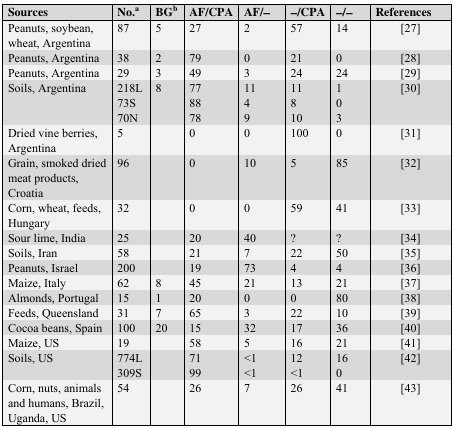
| Sources | No.a | BGb | AF/CPA | AF/− | −/CPA | −/− | References |
 | --- | --- | --- | --- | --- | --- | --- | --- |
 | Peanuts, soybean, wheat, Argentina | 87 | 5 | 27 | 2 | 57 | 14 | [27] |
 | Peanuts, Argentina | 38 | 2 | 79 | 0 | 21 | 0 | [28] |
 | Peanuts, Argentina | 29 | 3 | 49 | 3 | 24 | 24 | [29] |
 | Soils, Argentina | 218L | 8 | 77 | 11 | 11 | 1 | [30] |
 |  | 73S |  | 88 | 4 | 8 | 0 |  |
 |  | 70N |  | 78 | 9 | 10 | 3 |  |
 | Dried vine berries, Argentina | 5 |  | 0 | 0 | 100 | 0 | [31] |
 | Grain, smoked dried meat products, Croatia | 96 |  | 0 | 10 | 5 | 85 | [32] |
 | Corn, wheat, feeds, Hungary | 32 |  | 0 | 0 | 59 | 41 | [33] |
 | Sour lime, India | 25 |  | 20 | 40 | ? | ? | [34] |
 | Soils, Iran | 58 |  | 21 | 7 | 22 | 50 | [35] |
 | Peanuts, Israel | 200 |  | 19 | 73 | 4 | 4 | [36] |
 | Maize, Italy | 62 | 8 | 45 | 21 | 13 | 21 | [37] |
 | Almonds, Portugal | 15 | 1 | 20 | 0 | 0 | 80 | [38] |
 | Feeds, Queensland | 31 | 7 | 65 | 3 | 22 | 10 | [39] |
 | Cocoa beans, Spain | 100 | 20 | 15 | 32 | 17 | 36 | [40] |
 | Maize, US | 19 |  | 58 | 5 | 16 | 21 | [41] |
 | Soils, US | 774L |  | 71 | <1 | 12 | 16 | [42] |
 |  | 309S |  | 99 | <1 | <1 | 0 |  |
 | Corn, nuts, animals and humans, Brazil, Uganda, US | 54 |  | 26 | 7 | 26 | 41 | [43] |